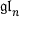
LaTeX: { \mathfrak { g l } } _ { n }